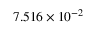
7 . 5 1 6 \times 1 0 ^ { - 2 }